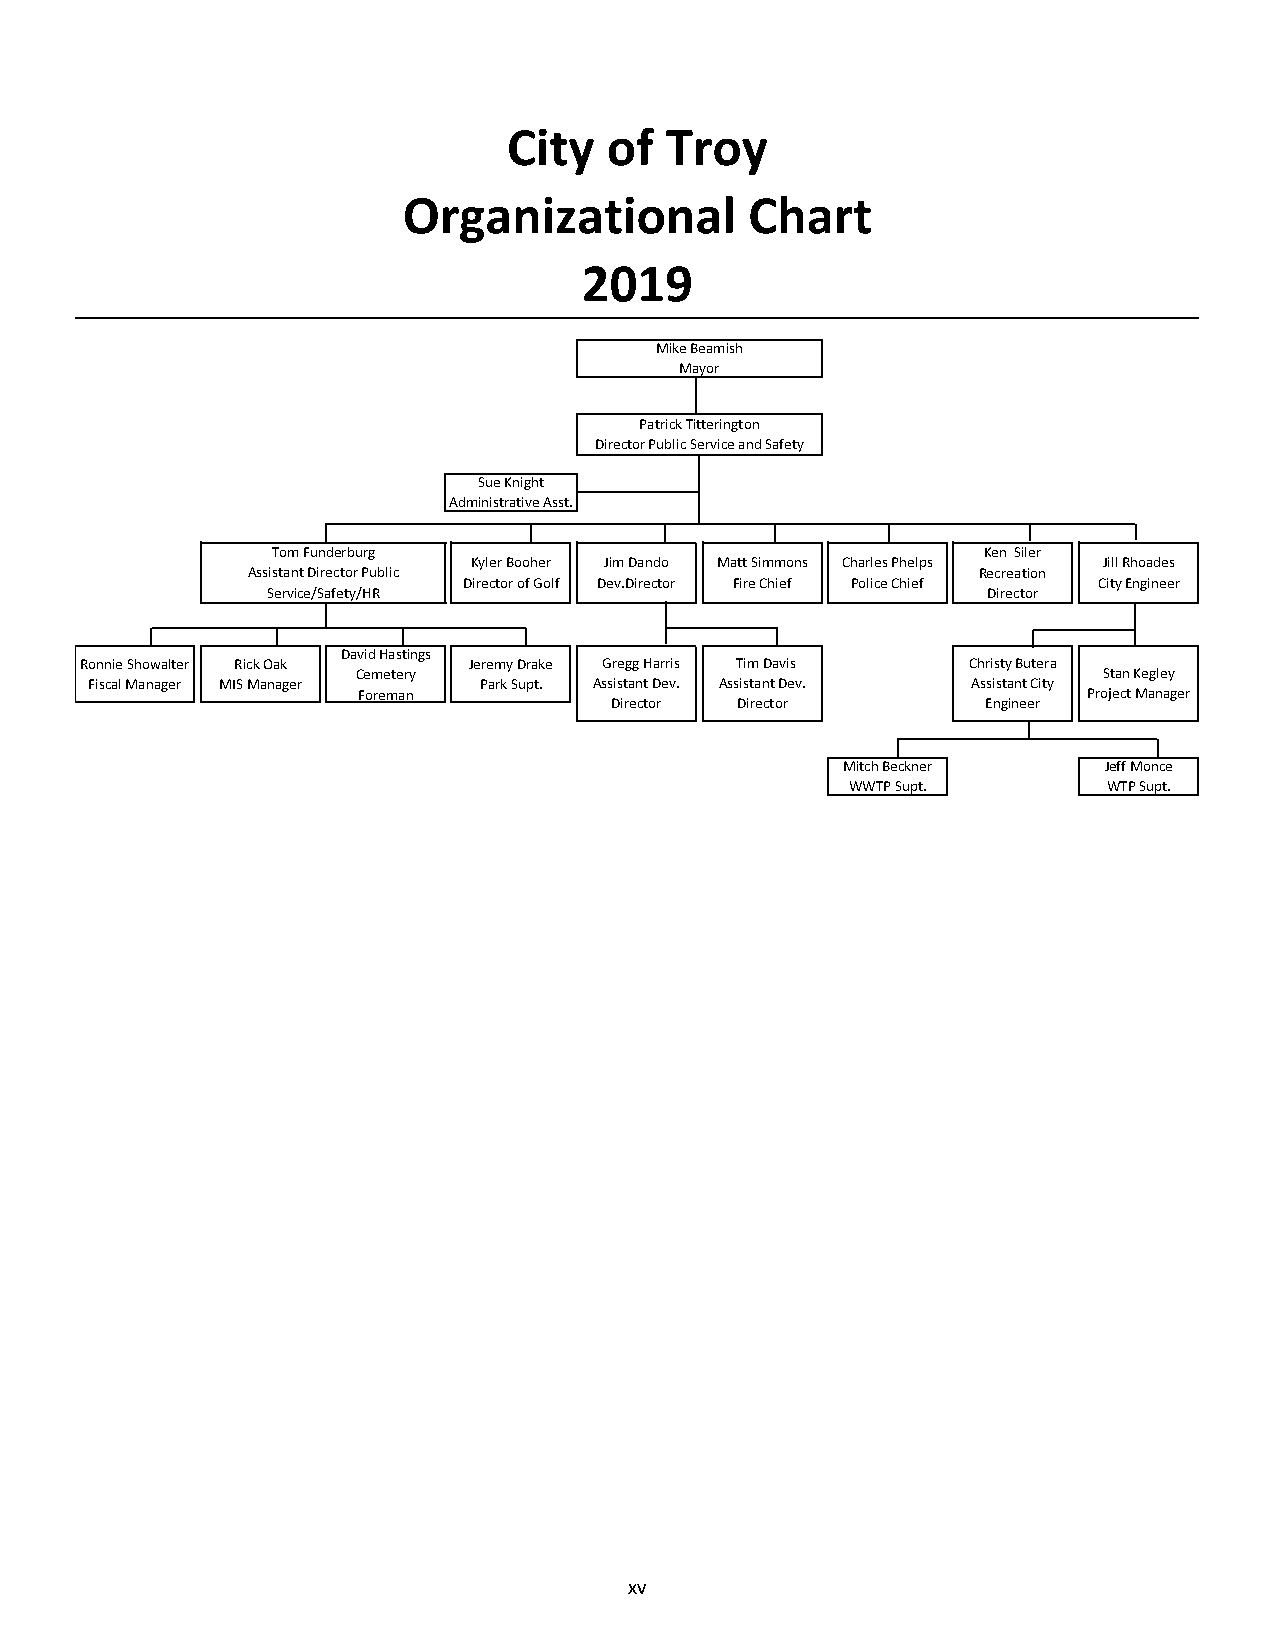
City  of  Troy
 Organizational         Chart
 2019
 Mike Beamish
 Mayor
 Patrick Titterington
 Director Public Service and Safety
 Sue Knight
 Administrative Asst.
 Tom Funderburg                                 Ken Siler
 Kyler Booher Jim Dando Matt Simmons Charles Phelps Jill Rhoades
 Assistant Director Public                        Recreation
 Director of Golf Dev.Director Fire Chief Police Chief City Engineer
 Service/Safety/HR                              Director
 David Hastings
 Ronnie Showalter Rick Oak Jeremy Drake Gregg Harris Tim Davis Christy Butera
 Cemetery                                         Stan Kegley
 Fiscal Manager MIS Manager Park Supt. Assistant Dev. Assistant Dev. Assistant City
 Foreman                                         Project Manager
 Director Director        Engineer
 Mitch Beckner    Jeff Monce
 WWTP Supt.       WTP Supt.
 xv